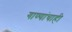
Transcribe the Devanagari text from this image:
गाण्यांचाही